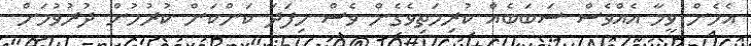
އެހެން ވީމާ އެއްވެސް ސަބަބެއް ކުރިމަތިވެގެން ވެސް މިފަދަ ކަންކަން ކުރުމުން ދުރުވުމަށް